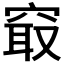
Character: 𥦡